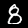
Label: 8